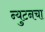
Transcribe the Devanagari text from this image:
न्युटनचा